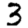
Digit: 3